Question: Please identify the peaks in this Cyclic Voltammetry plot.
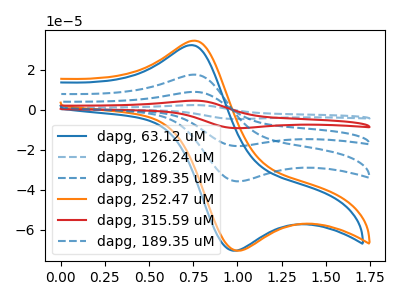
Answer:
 <answer>The blue curve "dapg, 63.12 uM" has an anodic peak at (0.75V, 32.25uA) and a cathodic peak at (1.00V, -70.45uA). The blue dashed curve "dapg, 126.24 uM" has an anodic peak at (0.75V, 70.05uA) and a cathodic peak at (1.00V, -143.20uA). The blue dashed curve "dapg, 189.35 uM" has an anodic peak at (0.75V, 35.05uA) and a cathodic peak at (1.00V, -71.60uA). The orange curve "dapg, 252.47 uM" has an anodic peak at (0.75V, 34.45uA) and a cathodic peak at (1.00V, -70.45uA). The red curve "dapg, 315.59 uM" has an anodic peak at (0.75V, 52.55uA) and a cathodic peak at (1.00V, -107.40uA). The blue dashed curve "dapg, 189.35 uM" has an anodic peak at (0.75V, 17.50uA) and a cathodic peak at (1.00V, -35.80uA).</answer>
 <eval></eval>